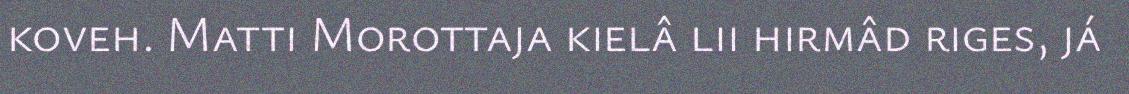
koveh. Matti Morottaja kielâ lii hirmâd riges, já